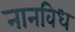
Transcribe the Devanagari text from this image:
नानविध